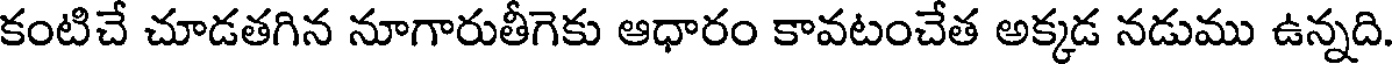
కంటిచే చూడతగిన నూగారుతీగెకు ఆధారం కావటంచేత అక్కడ నడుము ఉన్నది